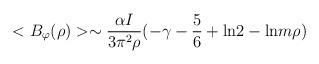
LaTeX: \begin{align*}<B_{\varphi}(\rho )>\sim \frac{\alpha I}{3\pi^{2}\rho}(-\gamma -\frac{5}{6}+{\rm ln}2-{\rm ln}m\rho )\end{align*}